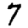
Digit: 7